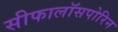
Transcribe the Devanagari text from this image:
सीफालॉसपोरिन